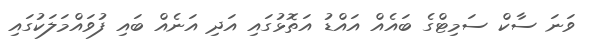
ވަނަ ސާކް ސަމިޓްގެ ބައެއް އައްޑު އަތޮޅުގައި އަދި އަނެއް ބައި ފުވައްމަލަކުގައި